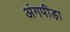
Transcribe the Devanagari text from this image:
अंगपीड़ा